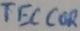
Text: TECCOR